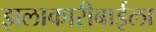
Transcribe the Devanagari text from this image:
झलाकारीबाईला